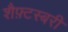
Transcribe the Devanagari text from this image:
शैफ़्टस्बरी